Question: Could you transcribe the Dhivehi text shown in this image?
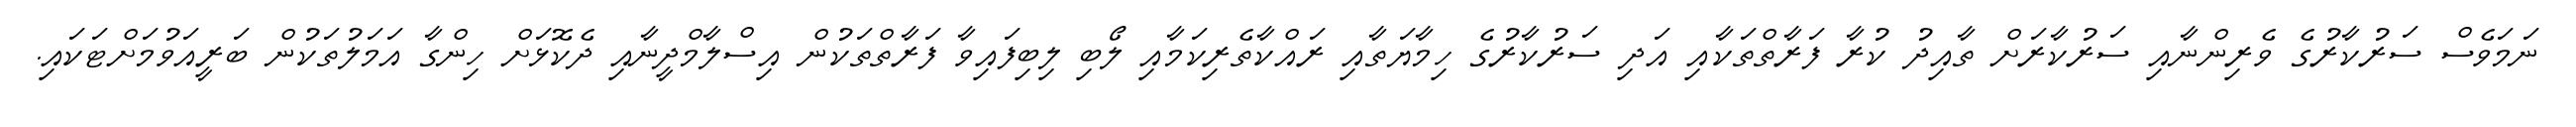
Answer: ނަމަވެސް ސަރުކާރުގެ ވެރިންނާއި ސަރުކާރަށް ތާއިދު ކުރާ ފަރާތްތަކާއި އަދި ސަރުކާރުގެ ހިމާޔަތާއި ރައްކާތެރިކަމާއި ލޯބި ލިބިފައިވާ ފަރާތްތަކުން އިސްލާމްދީނާއި ދެކޮޅަށް ހިންގާ އަމަލުތަކުން ބަރީއަވުމަށްޓަކައި.